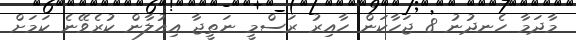
މާދަމާ ހެނދުނު 8 ޖަހާކަން ހާއިރު ރަސްމީ ނަތީޖާ އިއުލާން ކުރެވޭނެ ކަމަށް